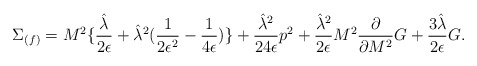
\begin{align*}\Sigma_{(f)} = M^2 \{ {{\hat{\lambda}}\over 2\epsilon} + {\hat{\lambda}}^2 ({1\over 2\epsilon^2} - {1\over 4\epsilon}) \} + {{\hat{\lambda}}^2\over 24\epsilon}p^2 + {{\hat{\lambda}}^2\over 2\epsilon} M^2{\partial\over \partial{M^2}}G + {3\hat{\lambda}\over 2\epsilon}G.\end{align*}